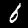
Label: 6